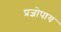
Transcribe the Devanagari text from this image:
प्रज्ञोपाय